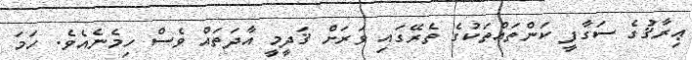
ޢިރާޤުގެ ސަގާފީ ކަންތައްތަކުގެ ތެރޭގައި ވަރަށް ޤަދީމީ އާދަތައް ވެސް ހިމެނެއެވެ. ހަމަ